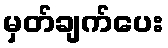
မှတ်ချက်ပေး